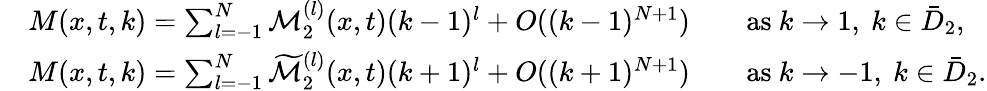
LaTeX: \begin{array}{rl}&{M(x,t,k)=\sum_{l=-1}^{N}\mathcal{M}_{2}^{(l)}(x,t)(k-1)^{l}+O((k-1)^{N+1})\qquad\mathrm{as}\ k\to 1,\ k\in\bar{D}_{2},}\\ &{M(x,t,k)=\sum_{l=-1}^{N}\widetilde{\mathcal{M}}_{2}^{(l)}(x,t)(k+1)^{l}+O((k+1)^{N+1})\qquad\mathrm{as}\ k\to-1,\ k\in\bar{D}_{2}.}\end{array}